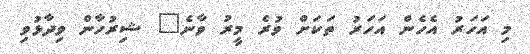
މި އަހަރު އެހެން އަހަރު ތަކަށް ވުރެ މީރު ވާނެ" ޝިރުހާން ވިދާޅުވި